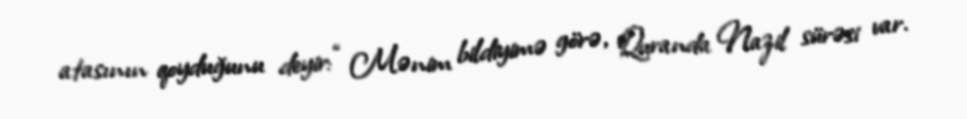
atasının qoyduğunu deyir: “ Mənim bildiyimə görə, Quranda Nazil sürəsi var.